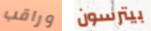
وراقب بيترسون